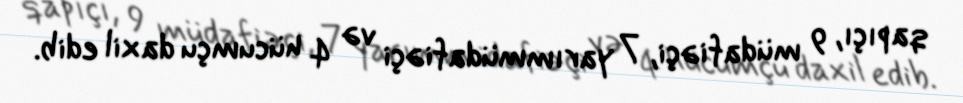
qapıçı, 9 müdafiəçi, 7 yarımmüdafiəçi və 4 hücumçu daxil edib.